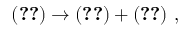
( \ref { z e r o f } ) \rightarrow ( \ref { z e r o f } ) + ( \ref { s z e r o f } ) ~ ,